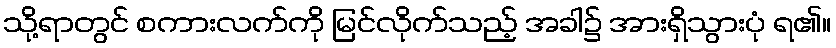
သို့ရာတွင် စကားလက်ကို မြင်လိုက်သည့် အခါ၌ အားရှိသွားပုံ ရ၏။